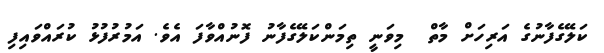
ކަލޭގެފާނުގެ އަރިހަށް މާތް  މިވަނީ ތިމަންކަލޭގެފާނު ފޮނުއްވާފަ އެވެ. އަމުރުފުޅު ކުރައްވައިފި